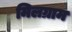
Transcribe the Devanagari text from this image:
मिलग्राम